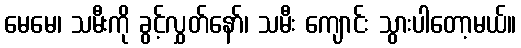
မေမေ၊ သမီးကို ခွင့်လွှတ်နော်၊ သမီး ကျောင်း သွားပါတော့မယ်။